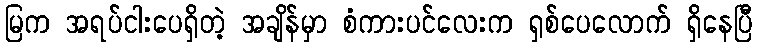
မြက အရပ်ငါးပေရှိတဲ့ အချိန်မှာ စံကားပင်လေးက ရှစ်ပေလောက် ရှိနေပြီ